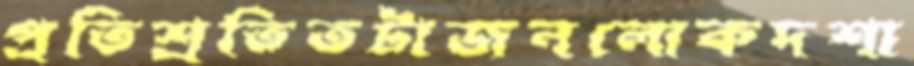
প্রতিশ্রতিতটাজনলোকদশা